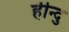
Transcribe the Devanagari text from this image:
हीन्दु